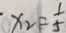
x _ { 2 } = \frac { 1 } { 5 }